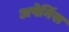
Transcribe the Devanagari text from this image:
अपेनिंस